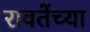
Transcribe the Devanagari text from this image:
रावतेंच्या